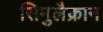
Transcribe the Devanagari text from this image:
सिमुलैक्रान